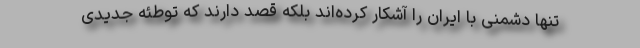
تنها دشمنی با ایران را آشکار کرده‌اند بلکه قصد دارند که توطئه جدیدی